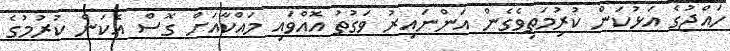
ހައްޖުގެ އަޅުކަން ކުރުިމަތިވެގެން އަންނައިރު ވަގުތު އޮއްވައި މައްކާއަށް ގޮސް އެކަން ކުރުމުގެ